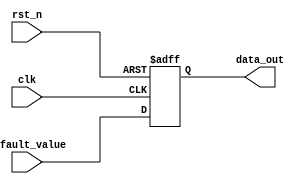
module fallback_bypass_register (
    input wire clk,
    input wire rst_n,
    input wire [7:0] default_value,
    output reg [7:0] data_out
);

reg [7:0] register;

always @(posedge clk or negedge rst_n) begin
    if (~rst_n) begin
        register <= 8'h00;
    end else begin
        register <= default_value;
    end
end

assign data_out = register;

endmodule